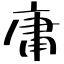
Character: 庸